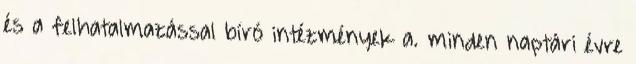
és a felhatalmazással bíró intézmények a. minden naptári évre